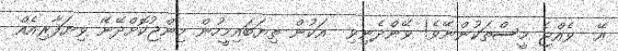
އޭ  ވެއްޖެ މީސްތަކުންނޭވެ! ވޭންދެނިވި  އަކުން ތިޔަބައިމީހުން މިންޖުކޮށްދޭނޭ ވިޔަފާރިއެއް